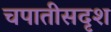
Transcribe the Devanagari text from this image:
चपातीसदृश